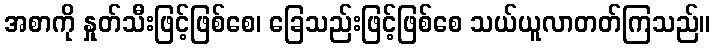
အစာကို နှုတ်သီးဖြင့်ဖြစ်စေ၊ ခြေသည်းဖြင့်ဖြစ်စေ သယ်ယူလာတတ်ကြသည်။